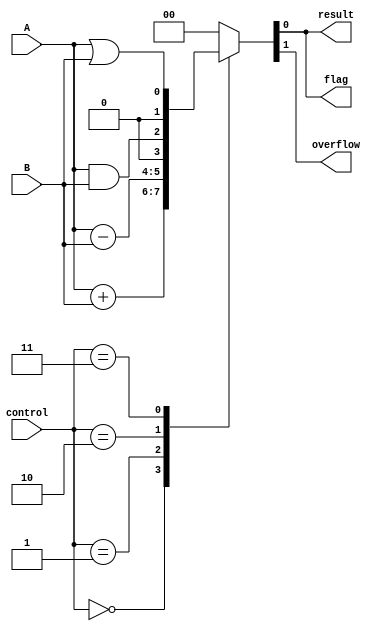
module ALU(input wire A, input wire B, input wire [2:0] control, output wire result, output wire overflow, output wire flag);

   wire [1:0] temp_result;
   
   // Arithmetic blocks
   wire [1:0] addition_result;
   wire [1:0] subtraction_result;
   wire [1:0] and_result;
   wire [1:0] or_result;
   
   // Perform addition
   assign addition_result = A + B;
   
   // Perform subtraction
   assign subtraction_result = A - B;
   
   // Perform bitwise AND operation
   assign and_result = A & B;
   
   // Perform bitwise OR operation
   assign or_result = A | B;
   
   // Multiplexer for selecting operation based on control signal
   always @*
   begin
      case(control)
         3'b000: temp_result = addition_result; // Addition
         3'b001: temp_result = subtraction_result; // Subtraction
         3'b010: temp_result = and_result; // Bitwise AND
         3'b011: temp_result = or_result; // Bitwise OR
         // Add more operations as needed
         default: temp_result = 2'b00;
      endcase
   end
   
   // Output result
   assign result = temp_result[0];
   
   // Overflow detection logic
   assign overflow = (temp_result[1] == 1);
   
   // Flag generation logic
   // Add conditions here to set flag based on result
   assign flag = (result == 1'b1); // Example flag generation
   
endmodule